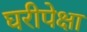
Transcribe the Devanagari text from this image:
घरीपेक्षा